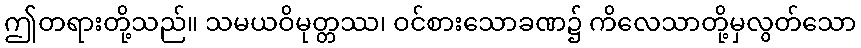
ဤတရားတို့သည်။ သမယဝိမုတ္တဿ၊ ဝင်စားသောခဏ၌ ကိလေသာတို့မှလွတ်သော